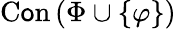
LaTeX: \operatorname{C\mathsf{o}n}\left(\Phi\cup\{ \varphi\} \right)